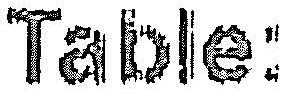
TABLE: